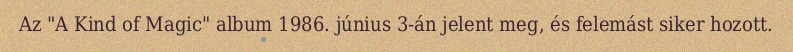
Az "A Kind of Magic" album 1986. június 3-án jelent meg, és felemást siker hozott.